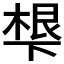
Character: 𬻩